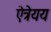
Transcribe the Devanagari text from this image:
ऐत्रेयय